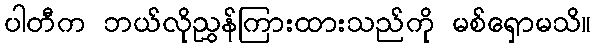
ပါတီက ဘယ်လိုညွှန်ကြားထားသည်ကို မစ်ရှောမသိ။